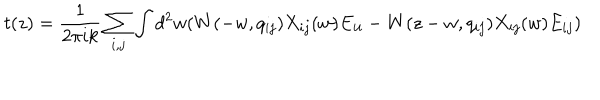
t ( z ) = \frac 1 { 2 \pi i k } \sum _ { i , j } \int d ^ { 2 } w ( W ( - w , q _ { i j } ) X _ { i j } ( w ) E _ { i i } - W ( z - w , q _ { i j } ) X _ { i j } ( w ) E _ { i j } )